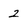
Character: 2